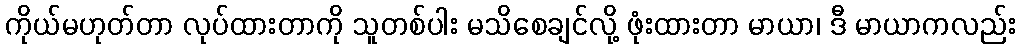
ကိုယ်မဟုတ်တာ လုပ်ထားတာကို သူတစ်ပါး မသိစေချင်လို့ ဖုံးထားတာ မာယာ၊ ဒီ မာယာကလည်း